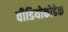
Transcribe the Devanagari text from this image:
वीडियोकोडेक